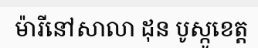
ម៉ារីនៅសាលា ដុន បូស្កូខេត្ត